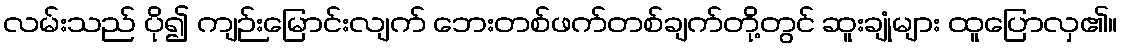
လမ်းသည် ပို၍ ကျဉ်းမြောင်းလျက် ဘေးတစ်ဖက်တစ်ချက်တို့တွင် ဆူးချုံများ ထူပြောလှ၏။